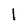
Character: 1